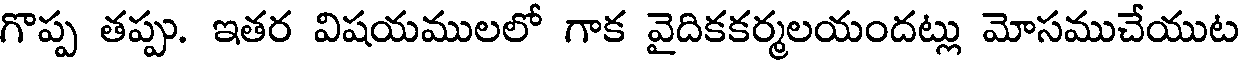
గొప్ప తప్పు. ఇతర విషయములలో గాక వైదికకర్మలయందట్లు మోసముచేయుట